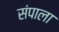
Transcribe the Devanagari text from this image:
संपाला